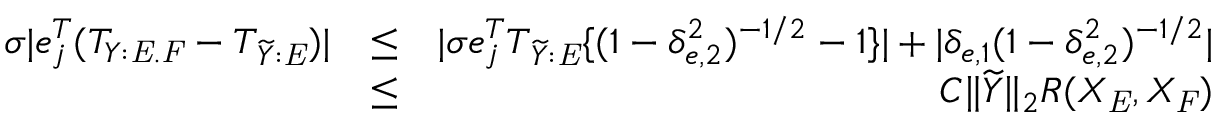
\begin{array} { r l r } { \sigma | e _ { j } ^ { T } ( T _ { Y : \mathit { E } . \mathit { F } } - T _ { \widetilde { Y } : \mathit { E } } ) | } & { \leq } & { | \sigma e _ { j } ^ { T } T _ { \widetilde { Y } : \mathit { E } } \{ ( 1 - \delta _ { e , 2 } ^ { 2 } ) ^ { - 1 / 2 } - 1 \} | + | \delta _ { e , 1 } ( 1 - \delta _ { e , 2 } ^ { 2 } ) ^ { - 1 / 2 } | } \\ & { \leq } & { C \| \widetilde { Y } \| _ { 2 } R ( X _ { \mathit { E } } , X _ { \mathit { F } } ) } \end{array}